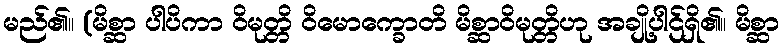
မည်၏။ (မိစ္ဆာ ပါပိကာ ဝိမုတ္တိ ဝိမောက္ခောတိ မိစ္ဆာဝိမုတ္တိဟု အချို့ပါဌ်ရှိ၏။ မိစ္ဆာ